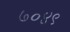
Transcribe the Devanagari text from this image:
७०४९